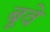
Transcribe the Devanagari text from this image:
बूवे